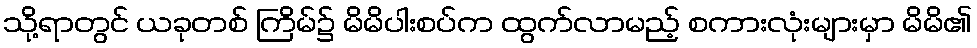
သို့ရာတွင် ယခုတစ် ကြိမ်၌ မိမိပါးစပ်က ထွက်လာမည့် စကားလုံးများမှာ မိမိ၏